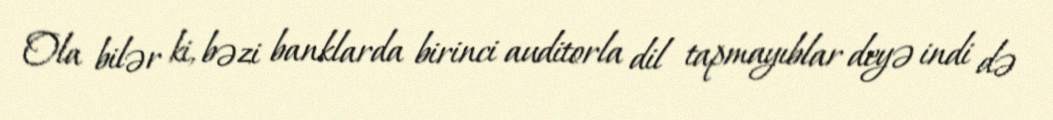
Ola bilər ki, bəzi banklarda birinci auditorla dil tapmayıblar deyə indi də